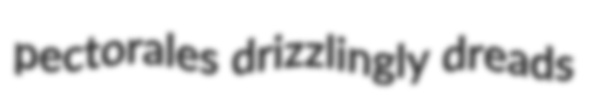
pectorales drizzlingly dreads